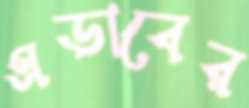
এডাবের